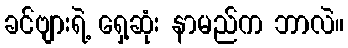
ခင်ဗျားရဲ့ ရှေ့ဆုံး နာမည်က ဘာလဲ။